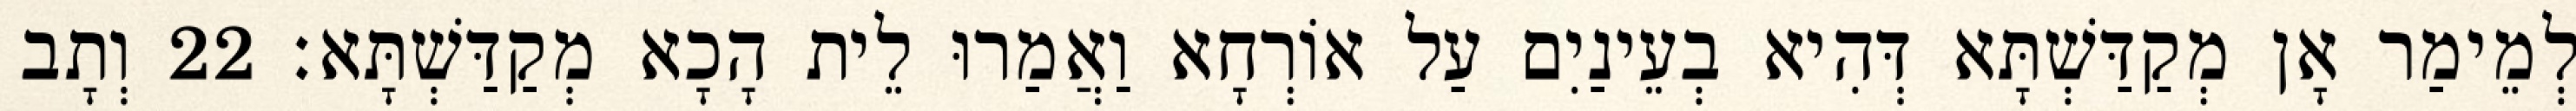
לְמֵימַר אָן מְקַדַּשְׁתָּא דְּהִיא בְעֵינַיִם עַל אוֹרְחָא וַאֲמַרוּ לֵית הָכָא מְקַדַּשְׁתָּא׃ 22 וְתָב